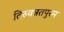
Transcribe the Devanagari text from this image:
तिरुवन्नतपुरम